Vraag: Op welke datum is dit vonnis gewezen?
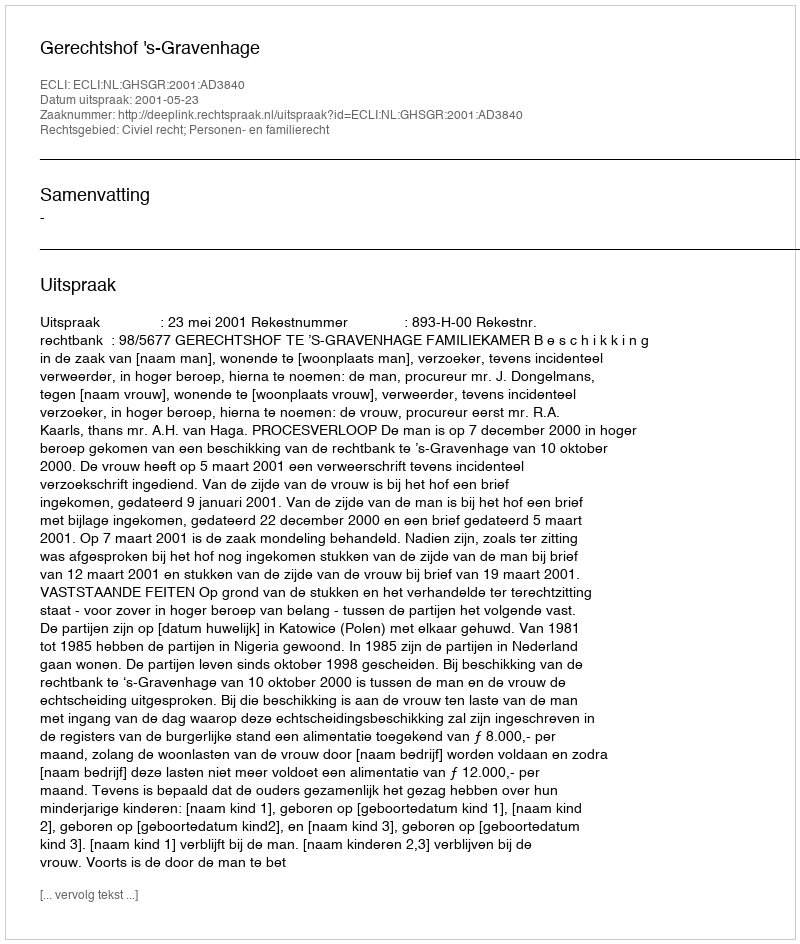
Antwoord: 2001-05-23